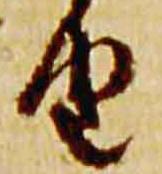
由